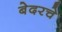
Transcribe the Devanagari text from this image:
बेदरचे